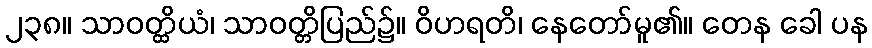
၂၃၈။ သာဝတ္ထိယံ၊ သာဝတ္တိပြည်၌။ ဝိဟရတိ၊ နေတော်မူ၏။ တေန ခေါ ပန